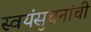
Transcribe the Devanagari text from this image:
स्वयंसुचनांची